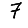
Digit: 7